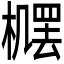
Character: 𪳴